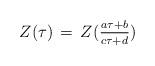
LaTeX: \begin{align*}Z(\tau)\,=\, Z({_{a\tau+b}\over^{c\tau+d}})\end{align*}